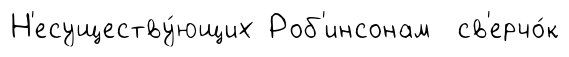
Н'есуществу́ющих Роб'инсонам св'ерчо́к